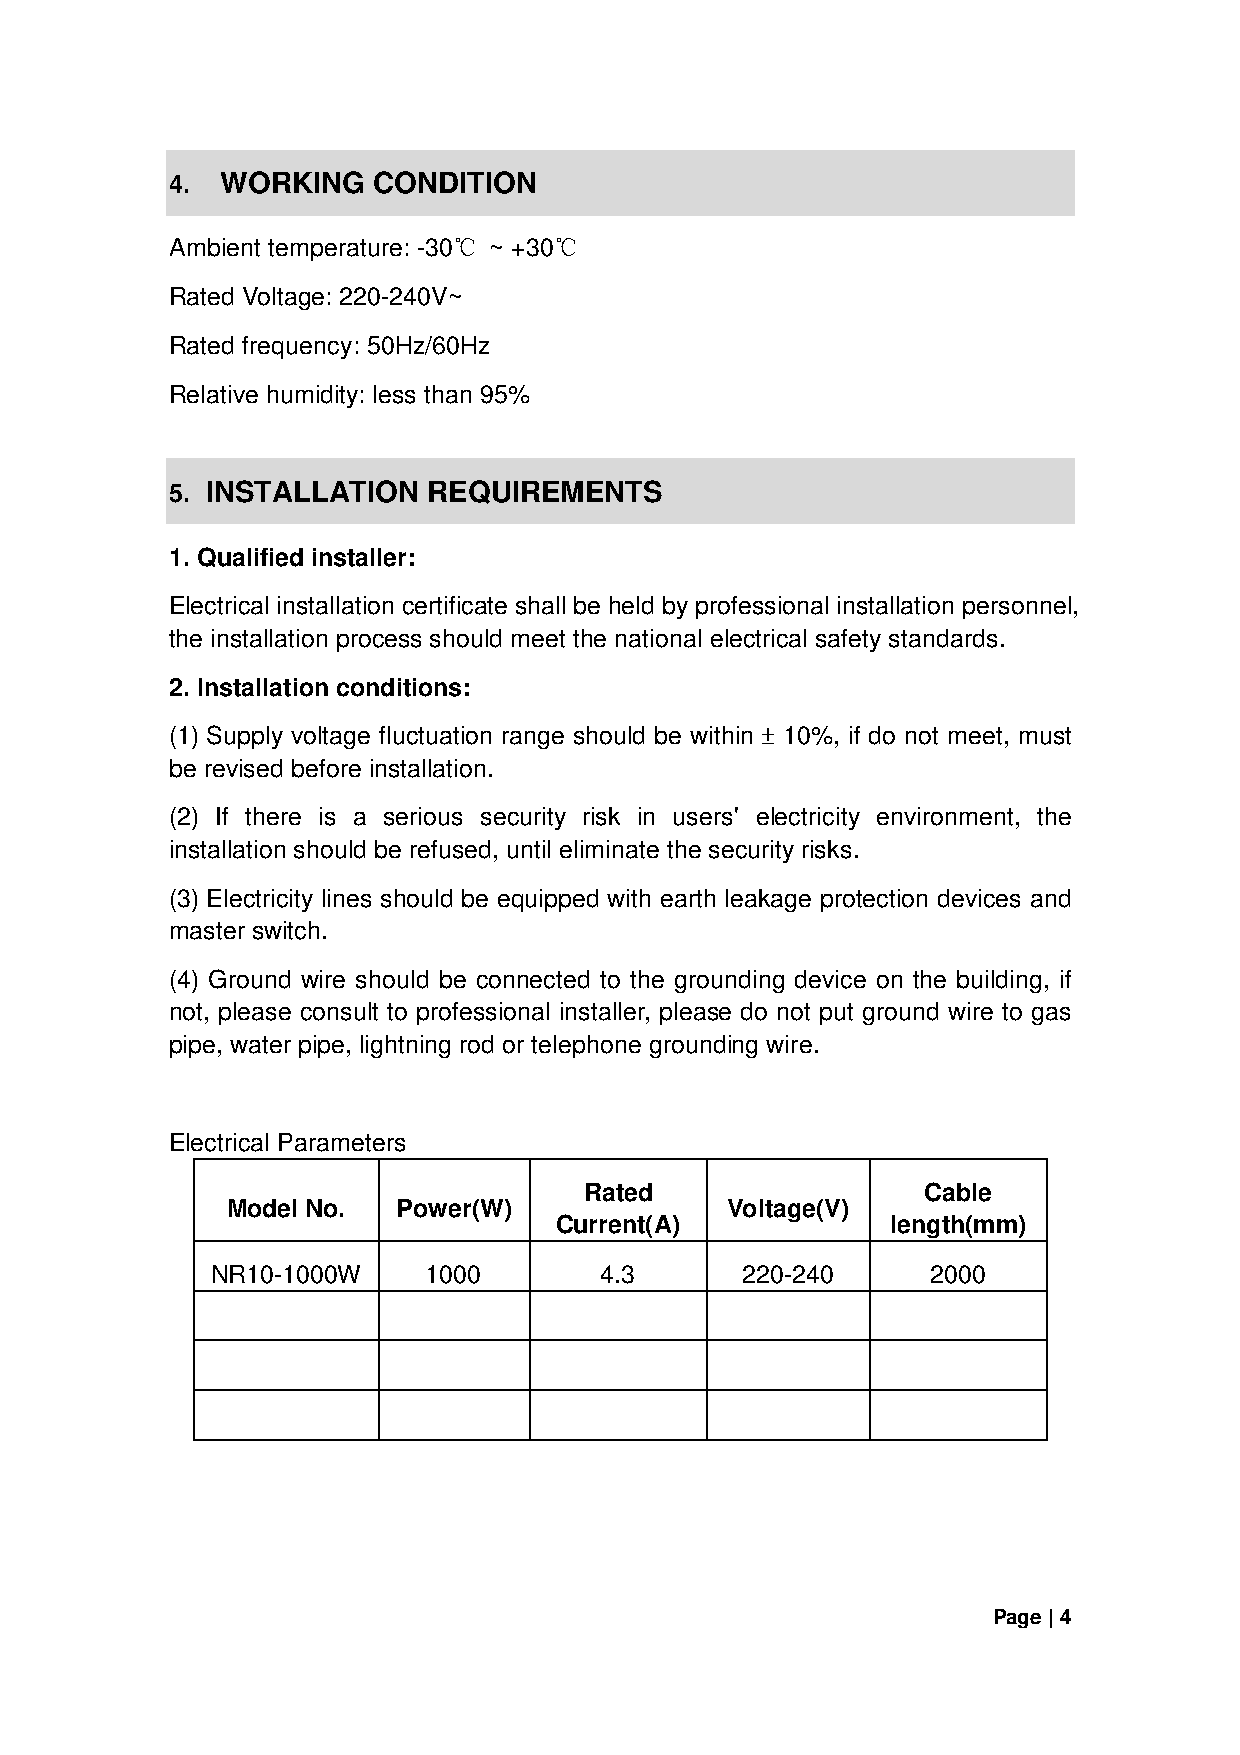
4.  WORKING   CONDITION
 Ambient temperature: -30℃ ~ +30℃
 Rated Voltage: 220-240V~
 Rated frequency: 50Hz/60Hz
 Relative humidity: less than 95%
 5. INSTALLATION  REQUIREMENTS
 1. Qualified installer:
 Electrical installation certificate shall be held by professional installation personnel,
 the installation process should meet the national electrical safety standards.
 2. Installation conditions:
 (1) Supply voltage fluctuation range should be within ± 10%, if do not meet, must
 be revised before installation.
 (2) If there is a serious security risk in users' electricity environment, the
 installation should be refused, until eliminate the security risks.
 (3) Electricity lines should be equipped with earth leakage protection devices and
 master switch.
 (4) Ground wire should be connected to the grounding device on the building, if
 not, please consult to professional installer, please do not put ground wire to gas
 pipe, water pipe, lightning rod or telephone grounding wire.
 Electrical Parameters
 Rated                 Cable
 Model No.  Power(W)              Voltage(V)
 Current(A)            length(mm)
 NR10-1000W    1000        4.3      220-240      2000
 Page | 4